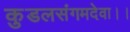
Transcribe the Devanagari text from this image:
कुडलसंगमदेवा।।